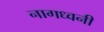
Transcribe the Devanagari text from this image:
नागध्वनी